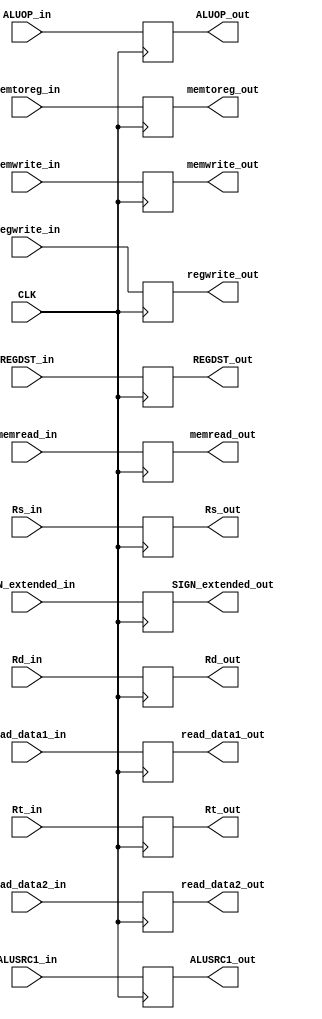
module IDEX_reg (CLK,REGDST_in,memread_in, memtoreg_in, ALUOP_in, memwrite_in, ALUSRC1_in,regwrite_in,read_data1_in, read_data2_in ,SIGN_extended_in ,Rs_in , Rt_in , Rd_in,
                  REGDST_out,memread_out, memtoreg_out, memwrite_out, ALUSRC1_out, regwrite_out,ALUOP_out,Rs_out , Rt_out , Rd_out ,read_data1_out, read_data2_out ,SIGN_extended_out); 

//Inputs For ID Stage
input wire CLK ; 
input wire REGDST_in,memread_in, memtoreg_in, memwrite_in, ALUSRC1_in,regwrite_in;
input wire [1:0] ALUOP_in;
input wire [4:0] Rs_in , Rt_in , Rd_in;
input wire [31:0]read_data1_in, read_data2_in ,SIGN_extended_in;


// Output of ID stage 
output reg REGDST_out,memread_out, memtoreg_out, memwrite_out, ALUSRC1_out,regwrite_out;
output reg [1:0] ALUOP_out;
output reg [4:0] Rs_out , Rt_out , Rd_out;
output reg [31:0]read_data1_out, read_data2_out ,SIGN_extended_out;


always @(posedge CLK)
begin 
REGDST_out        <= REGDST_in; 
memread_out       <= memread_in;
memtoreg_out      <= memtoreg_in; 
memwrite_out      <= memwrite_in; 
ALUSRC1_out       <= ALUSRC1_in;
regwrite_out      <= regwrite_in;
ALUOP_out         <= ALUOP_in; 
Rs_out            <= Rs_in ; 
Rt_out            <= Rt_in; 
Rd_out            <= Rd_in; 
read_data1_out    <= read_data1_in;
read_data2_out    <= read_data2_in;
SIGN_extended_out <= SIGN_extended_in ;

end
endmodule